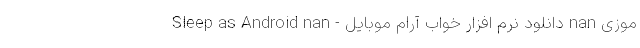
موزی nan دانلود نرم افزار خواب آرام موبایل - Sleep as Android nan